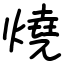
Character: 燒